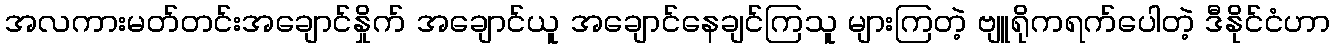
အလကားမတ်တင်းအချောင်နှိုက် အချောင်ယူ အချောင်နေချင်ကြသူ များကြတဲ့ ဗျူရိုကရက်ပေါတဲ့ ဒီနိုင်ငံဟာ